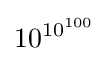
10^{10^{100}}